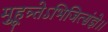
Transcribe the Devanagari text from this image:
मुहूत्र्तेऽभिजित्संज्ञे।।